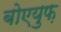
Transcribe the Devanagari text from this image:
बोएयुफ़